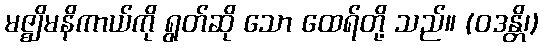
မဇ္ဈိမနိကာယ်ကို ရွတ်ဆို သော ထေရ်တို့ သည်။ (ဝဒန္တိ၊)